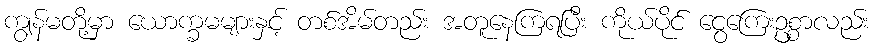
ကျွန်မတို့မှာ ယောက္ခမများနှင့် တစ်အိမ်တည်း အတူနေကြရပြီး ကိုယ်ပိုင် ငွေကြေးဥစ္စာလည်း